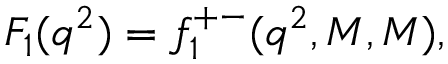
{ \cal F } _ { 1 } ( q ^ { 2 } ) = f _ { 1 } ^ { + - } ( q ^ { 2 } , M , M ) ,